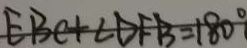
E B C + \angle D F B = 1 8 0 ^ { \circ }